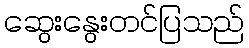
ဆွေးနွေးတင်ပြသည်